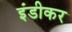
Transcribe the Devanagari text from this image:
इंडीकर